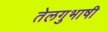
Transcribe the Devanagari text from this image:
तेलगुभाषी